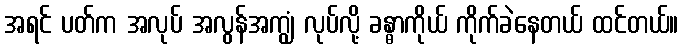
အရင် ပတ်က အလုပ် အလွန်အကျွံ လုပ်လို့ ခန္ဓာကိုယ် ကိုက်ခဲနေတယ် ထင်တယ်။